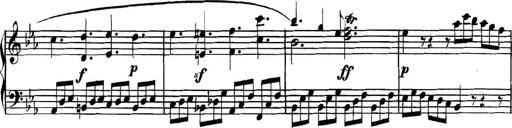
Title: Collected Piano Sonatas
Composer: Muzio Clementi